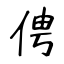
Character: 俜